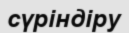
сүріндіру